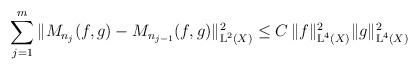
LaTeX: \begin{align*}\sum_{j=1}^{m} \|M_{n_j}(f,g) - M_{n_{j-1}}(f,g)\|_{\textup{L}^2(X)}^2 \leq C \,\|f\|_{\textup{L}^4(X)}^2 \|g\|_{\textup{L}^4(X)}^2\end{align*}